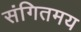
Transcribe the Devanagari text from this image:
संगितमय